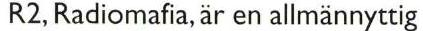
R2, Radiomafia, är en allmännyttig